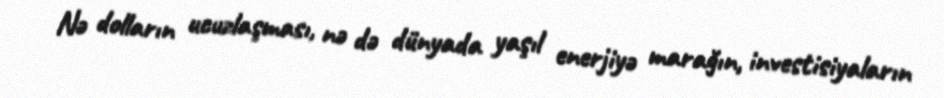
Nə dolların ucuzlaşması, nə də dünyada yaşıl enerjiyə marağın, investisiyaların